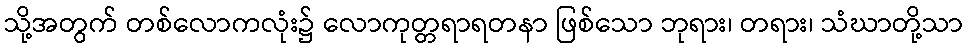
သို့အတွက် တစ်လောကလုံး၌ လောကုတ္တရာရတနာ ဖြစ်သော ဘုရား၊ တရား၊ သံဃာတို့သာ